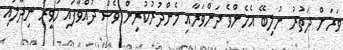
ވަރަށް ދަތުރު ނުލިބޭ އެެހެންވެ ދަންވަރާއި މެންދުރުކުރިން ވެސް ދުއްވާފައި ހަވީރު ނިދާލައި